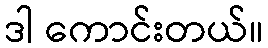
ဒါ ကောင်းတယ်။